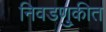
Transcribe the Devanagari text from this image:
निवडणु्कीत